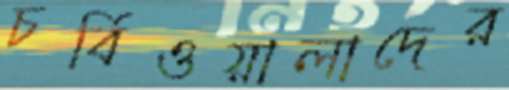
চর্বিওয়ালাদের